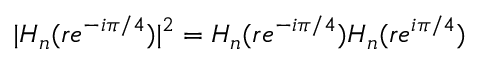
| H _ { n } ( r e ^ { - i \pi / 4 } ) | ^ { 2 } = H _ { n } ( r e ^ { - i \pi / 4 } ) H _ { n } ( r e ^ { i \pi / 4 } )